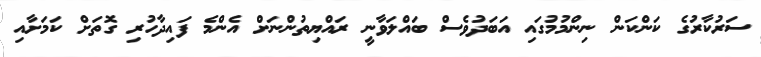
ސަރުކާރުގެ ކަންކަން ނިންމުމުގައި އަބަދުވެސް ބައްލަވާނީ ރައްޔިތުންނަށް އެންމެ ފައިދާހުރި ގޮތަށް ކަމަށާއި